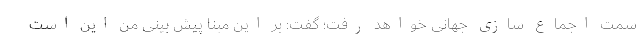
سمت اجماع سازی جهانی خواهد رفت؛ گفت: بر این مبنا پیش بینی من این است